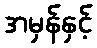
အမှန်နှင့်